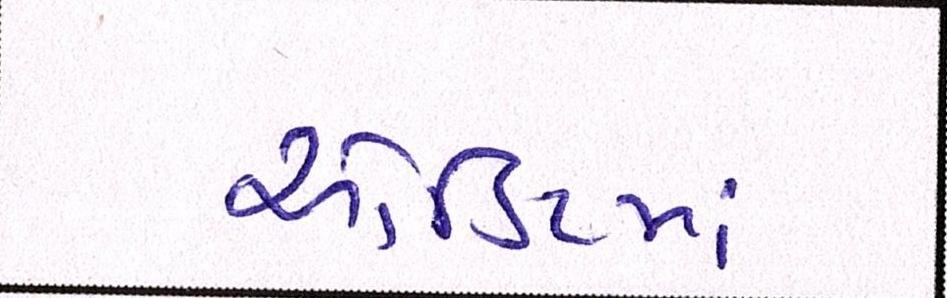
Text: ઓડિટમાં